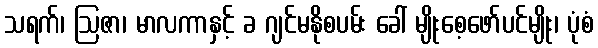
သရက်၊ ဩဇာ၊ မာလကာနှင့် ခ ဂျင်မနိုစပမ်း ခေါ် မျိုးစေ့ဖော်ပင်မျိုး၊ ပုံစံ